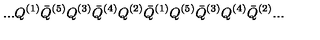
. . . Q ^ { ( 1 ) } { \bar { Q } } ^ { ( 5 ) } Q ^ { ( 3 ) } { \bar { Q } } ^ { ( 4 ) } Q ^ { ( 2 ) } { \bar { Q } } ^ { ( 1 ) } Q ^ { ( 5 ) } { \bar { Q } } ^ { ( 3 ) } Q ^ { ( 4 ) } { \bar { Q } } ^ { ( 2 ) } . . .